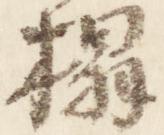
榻